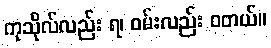
ကုသိုလ်လည်း ရ၊ ဝမ်းလည်း ဝတယ်။